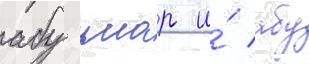
абу умар и́ абу